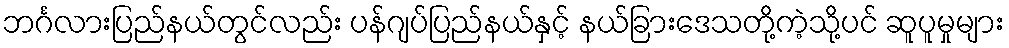
ဘင်္ဂလားပြည်နယ်တွင်လည်း ပန်ဂျပ်ပြည်နယ်နှင့် နယ်ခြားဒေသတို့ကဲ့သို့ပင် ဆူပူမှုများ